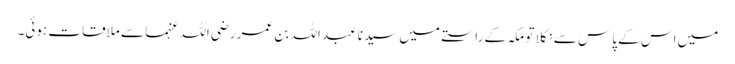
میں اس کے پاس سے نکلا تو مکہ کے راستے میں سیدنا عبد اللہ بن عمر رضی اللہ عنہما سے ملاقات ہوئی۔